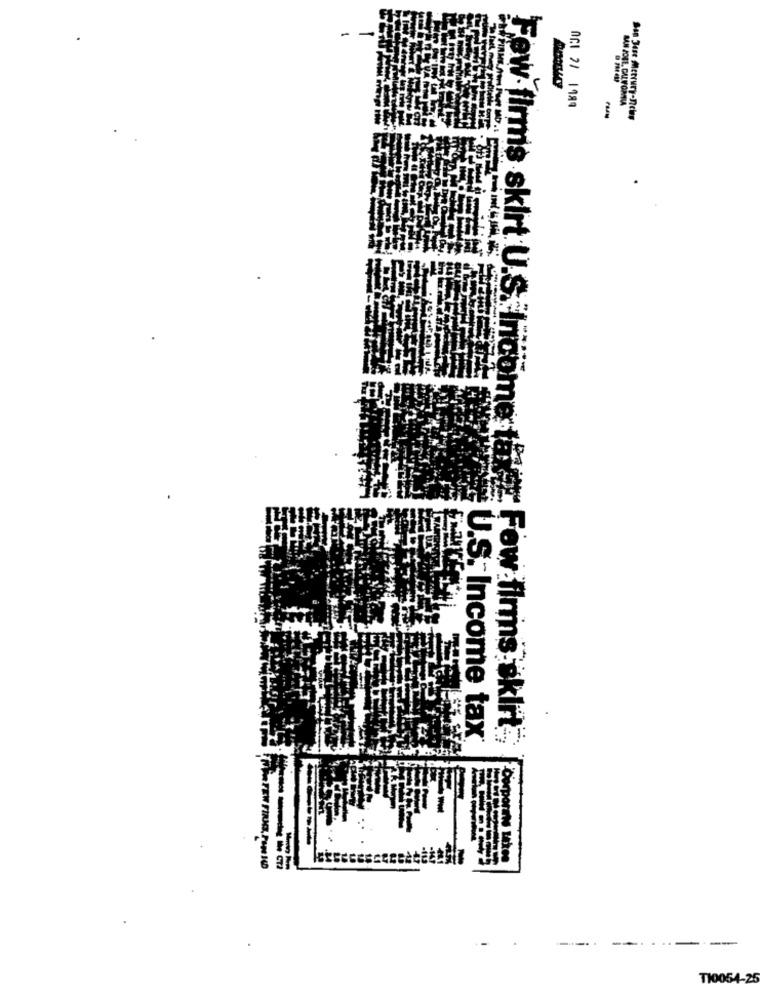
-
AC1 2/ 1989
San Jose Mercury-news
U.S. Income tax
w firms skirt U.S. Income tags Fow firms skirts
. .
--
TI0054-25